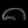
Digit: ၈